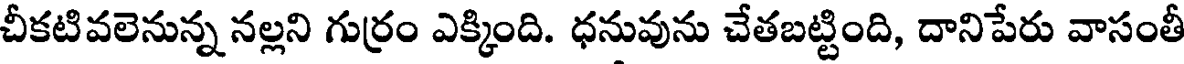
చీకటివలెనున్న నల్లని గుర్రం ఎక్కింది. ధనువును చేతబట్టింది, దానిపేరు వాసంతీ